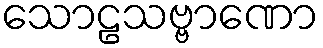
သောဠသဗ္ဗာဏော